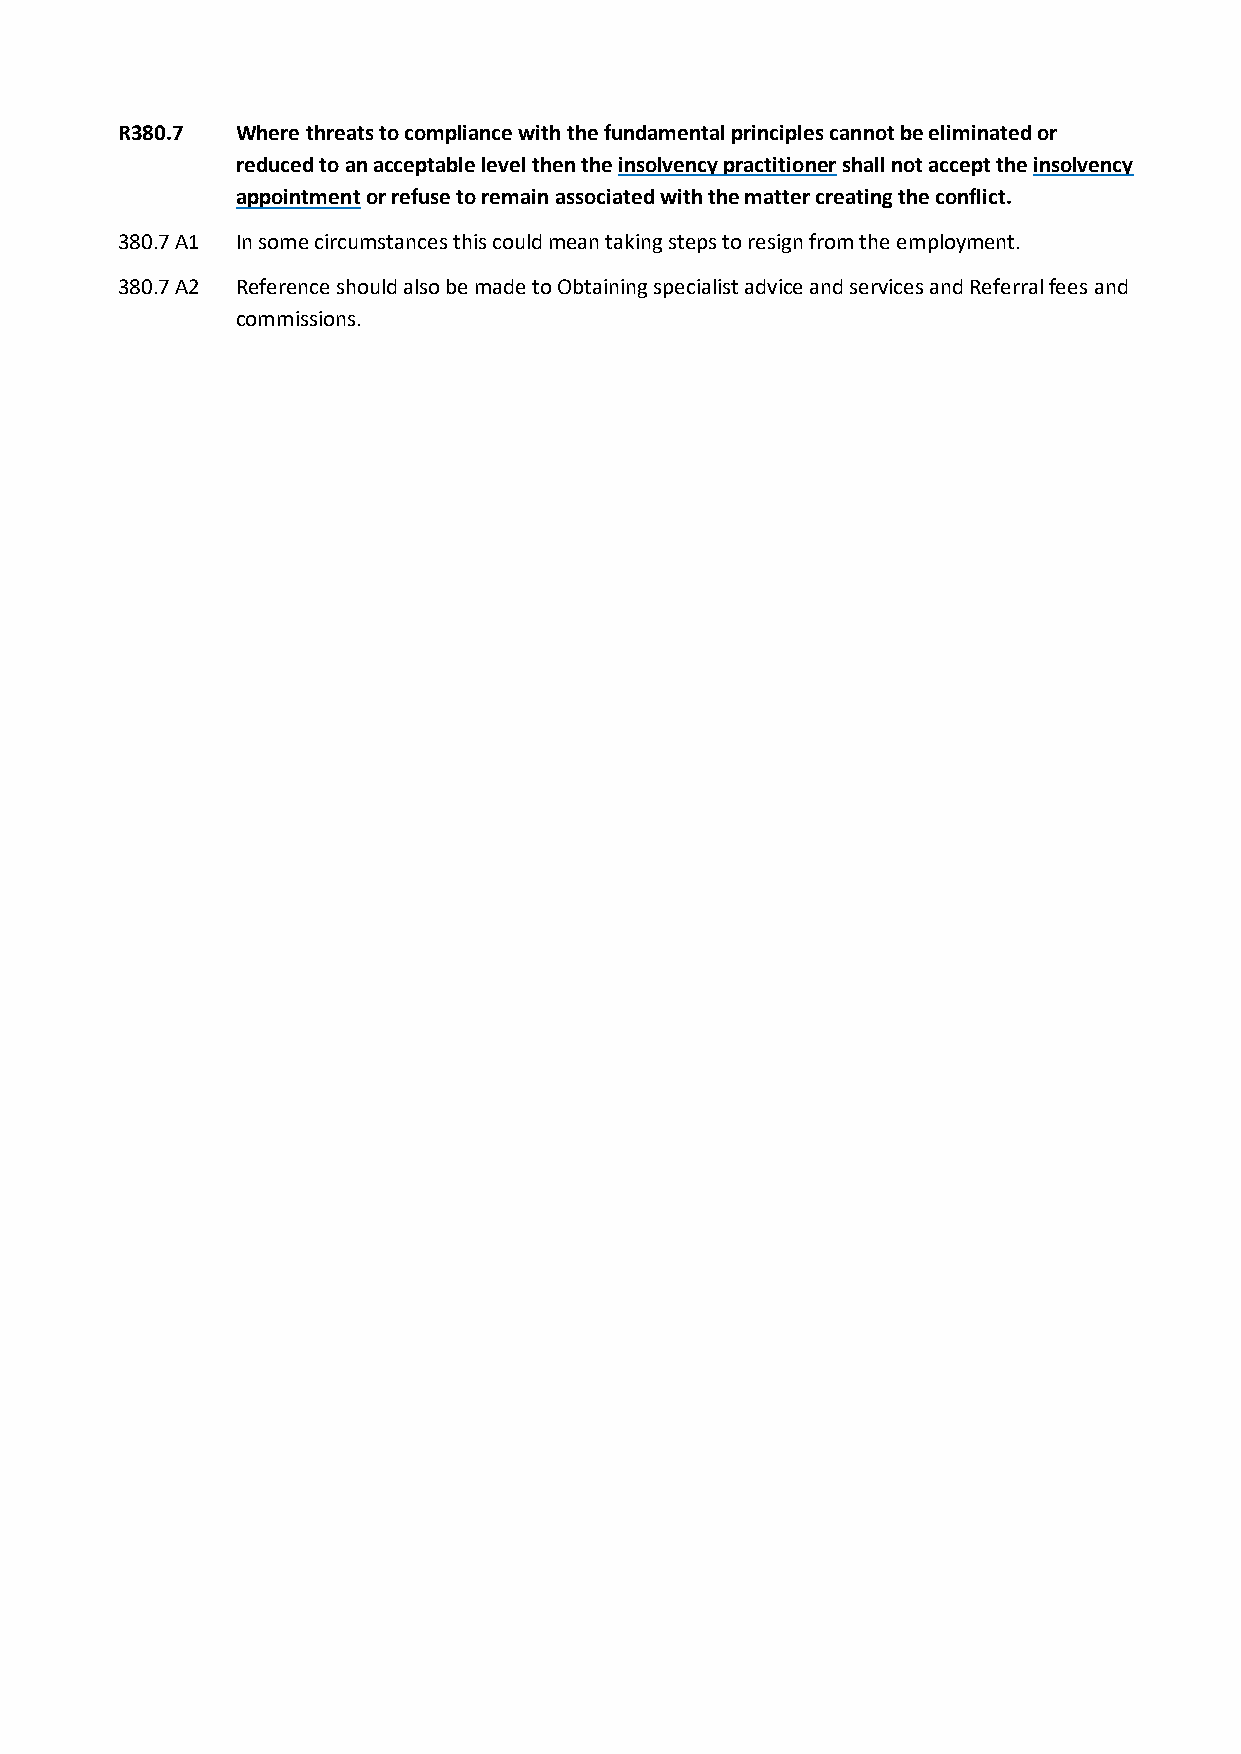
R380.7  Where threats to compliance with the fundamental principles cannot be eliminated or
 reduced to an acceptable level then the insolvency practitioner shall not accept the insolvency
 appointment or refuse to remain associated with the matter creating the conflict.
 380.7 A1 In some circumstances this could mean taking steps to resign from the employment.
 380.7 A2 Reference should also be made to Obtaining specialist advice and services and Referral fees and
 commissions.